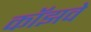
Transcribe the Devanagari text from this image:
कॉझवे